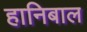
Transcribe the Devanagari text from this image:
हानिबाल